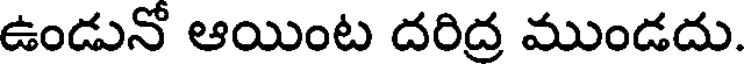
ఉండునో ఆయింట దరిద్ర ముండదు.